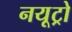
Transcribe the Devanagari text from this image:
नयूट्रो